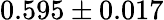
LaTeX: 0.595\pm 0.017